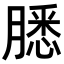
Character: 𬛐